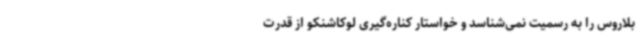
بلاروس را به رسمیت نمی‌شناسد و خواستار کناره‌گیری لوکاشنکو از قدرت